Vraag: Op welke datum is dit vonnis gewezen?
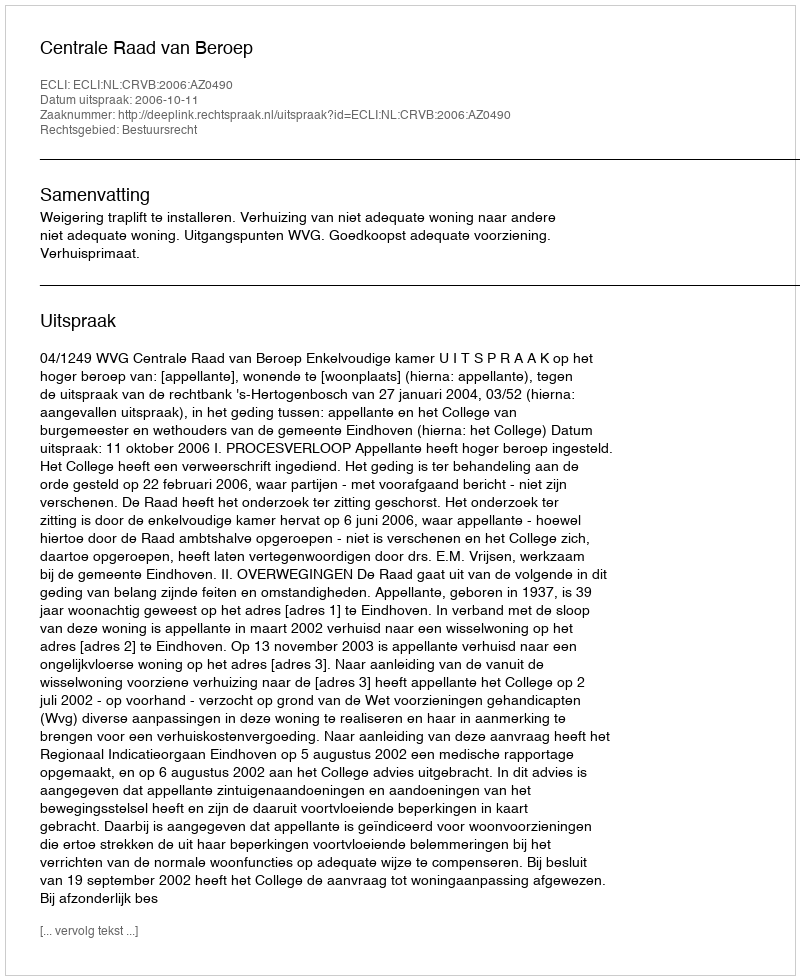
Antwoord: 2006-10-11